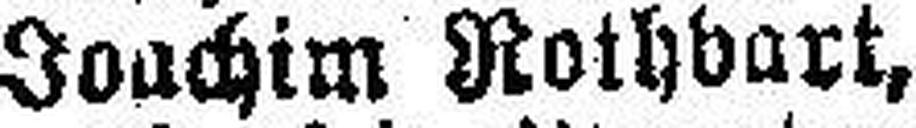
Joachim Rothbart,